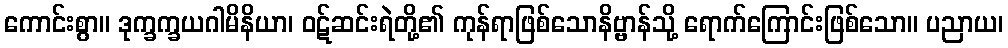
ကောင်းစွာ။ ဒုက္ခက္ခယဂါမိနိယာ၊ ဝဋ်ဆင်းရဲတို့၏ ကုန်ရာဖြစ်သောနိဗ္ဗာန်သို့ ရောက်ကြောင်းဖြစ်သော။ ပညာယ၊